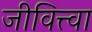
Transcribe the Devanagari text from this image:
जीवित्त्वा